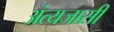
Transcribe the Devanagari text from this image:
अंत्यजासी